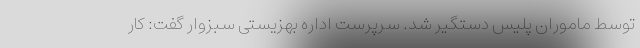
توسط ماموران پلیس دستگیر شد. سرپرست اداره بهزیستی سبزوار گفت: کار